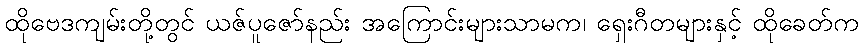
ထိုဗေဒကျမ်းတို့တွင် ယဇ်ပူဇော်နည်း အကြောင်းများသာမက၊ ရှေးဂီတများနှင့် ထိုခေတ်က